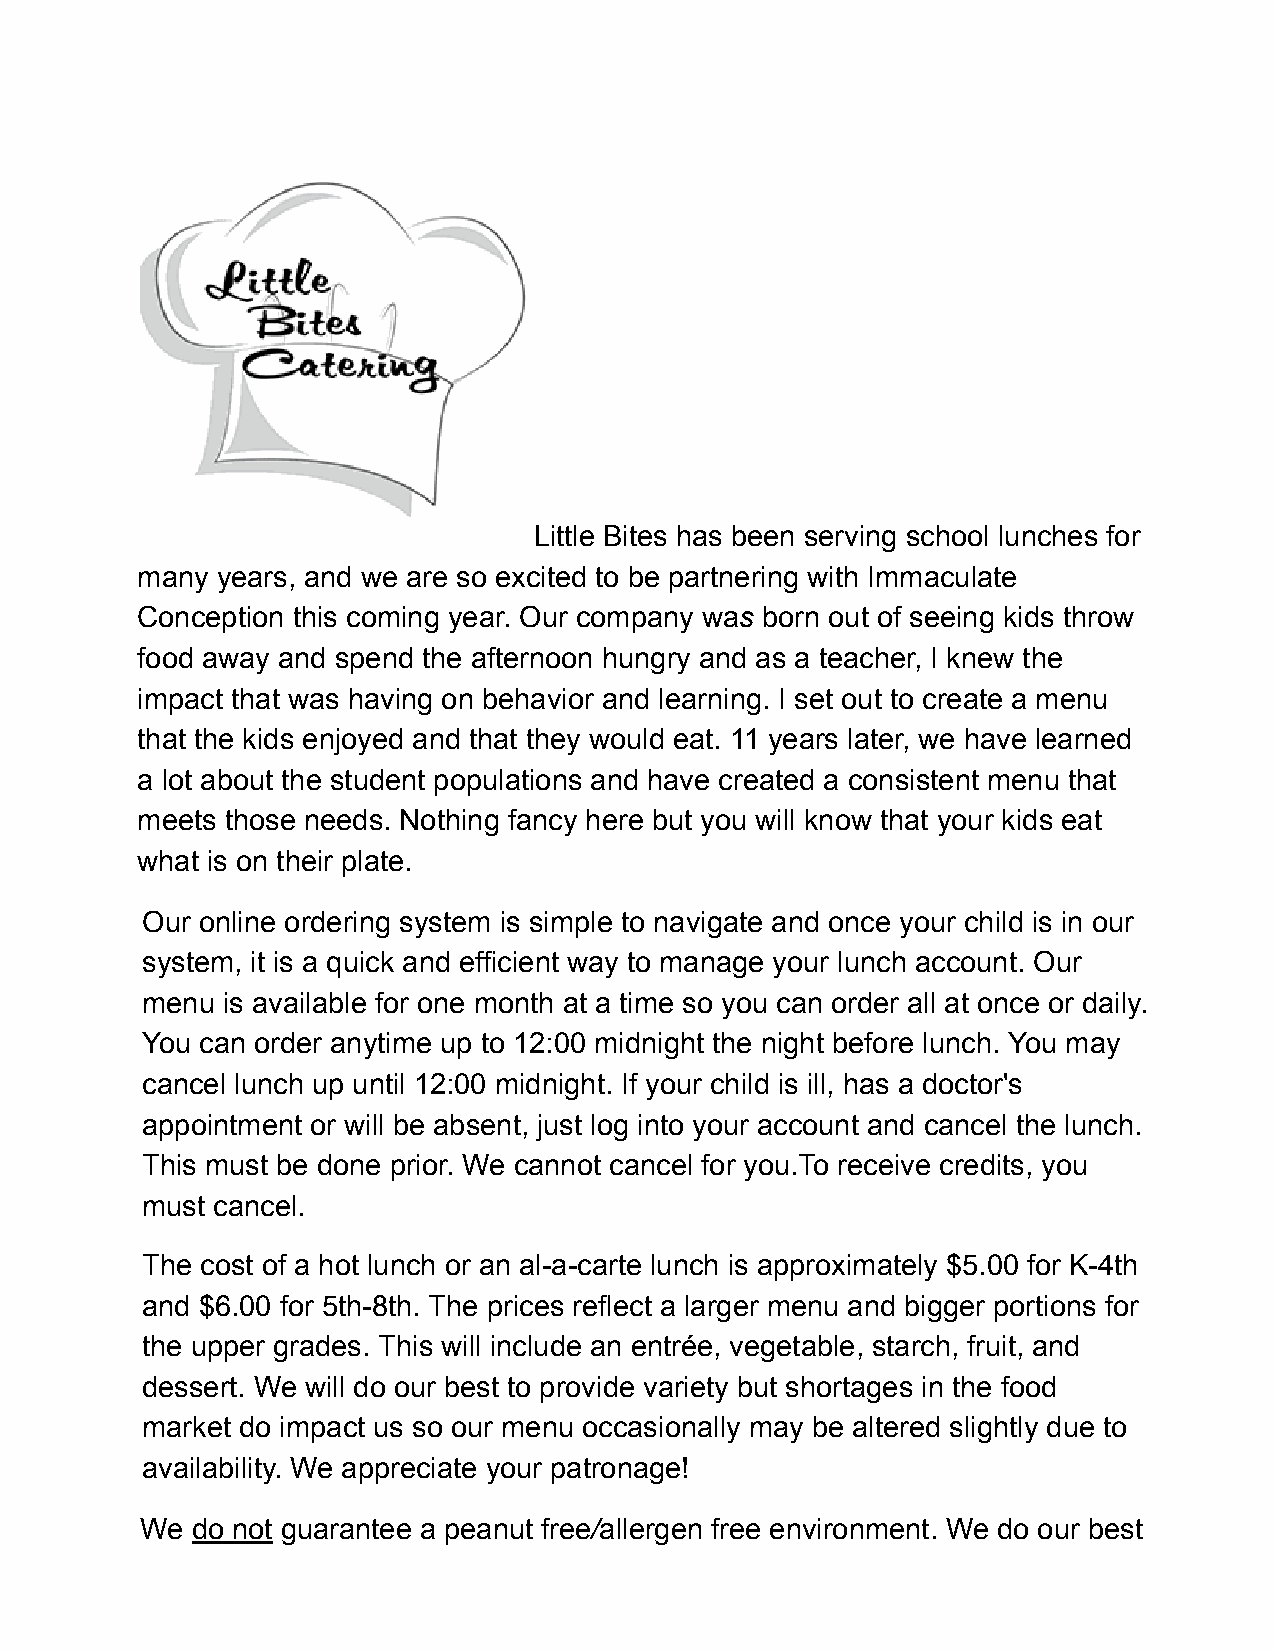
Little Bites has been serving school lunches for
 many years, and we are so excited to be partnering with Immaculate
 Conception this coming year. Our company wa s born out of seeing kids throw
 food away and spend the afternoon hungry and as a teacher, I knew the
 impact that was having on behavior and learning. I set out to create a menu
 that the kids enjoyed and that they would eat. 11 years later, we have learned
 a lot about the student populations and have created a consistent menu that
 meets those needs. Nothing fancy here but you will know that your kids eat
 what is on their plate.
 Our online ordering system is simple to navigate and once your child is in our
 system, it is a quick and efficient way to manage your lunch account. Our
 menu  is available for one month at a time so you can order all at once or daily.
 You can order anytime up to 12:00 midnight the night before lunch. You may
 cancel lunch up until 12:00 midnight. If your child is ill, has a doctor's
 appointment or will be absent, just log into your account and cancel the lunch.
 This must be done prior. We cannot cancel for you.To receive credits, you
 must cancel.
 The cost of a hot lunch or an al-a-carte lunch is approximately $5.00 for K-4th
 and $6.00 for 5th-8th. The prices reflect a larger menu and bigger portions for
 the upper grades. This will include an entrée, vegetable, starch, fruit, and
 dessert. We will do our best to provide variety but shortages in the food
 market do impact us so our menu occasionally may be altered slightly due to
 availability. We appreciate your patronage!
 We  do not guarantee a peanut free / allergen free environment. We do our best